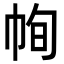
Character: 㡄